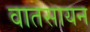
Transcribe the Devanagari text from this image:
वातसायन